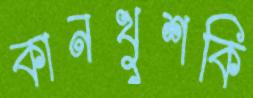
কানখুশকি